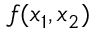
f ( x _ { 1 } , x _ { 2 } )